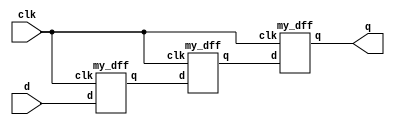
module threeconnect ( input clk, input d, output q );
    wire w1,w2;
    my_dff inst1(.clk(clk),.d(d),.q(w1));
    my_dff inst2(.clk(clk),.d(w1),.q(w2));
    my_dff inst3(.clk(clk),.d(w2),.q(q));
	//follow either by name or order
    /*
    wire a,b
    my_dff d1 ( clk, d, a );
	my_dff d2 ( clk, a, b );
	my_dff d3 ( clk, b, q );
    */
endmodule
module my_dff ( input clk, input d, output q );
endmodule